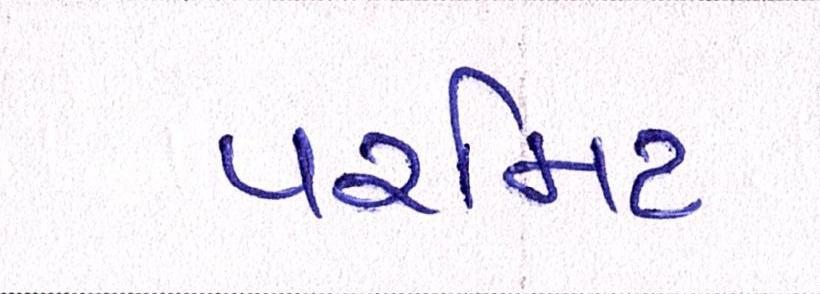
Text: પરમિટ